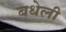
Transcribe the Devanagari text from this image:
बधेली